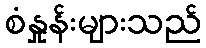
စံနှုန်းများသည်